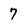
Character: 7